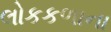
લોકકળાના